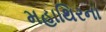
મહાથિરના